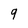
Character: 9